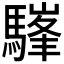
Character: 𩥪